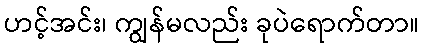
ဟင့်အင်း၊ ကျွန်မလည်း ခုပဲရောက်တာ။